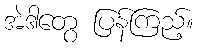
အဲဒါတွေ ပြန်ကြည့်။